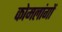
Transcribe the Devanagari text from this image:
कोमलांगों